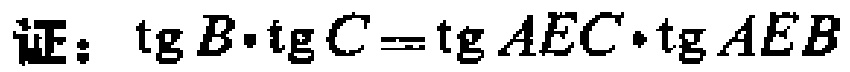
证：\(\tg B\cdot \tg C=\tg AEC\cdot \tg AEB\)